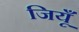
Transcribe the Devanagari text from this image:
जियूँ